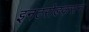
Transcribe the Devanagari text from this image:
इनटरोडकसन